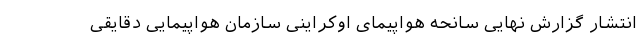
انتشار گزارش نهایی سانحه هواپیمای اوکراینی سازمان هواپیمایی دقایقی